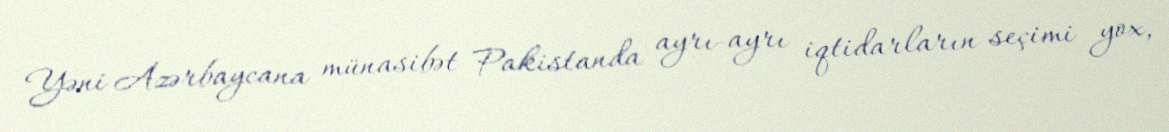
Yəni Azərbaycana münasibət Pakistanda ayrı-ayrı iqtidarların seçimi yox,